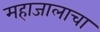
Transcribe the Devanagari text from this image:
महाजालाचा